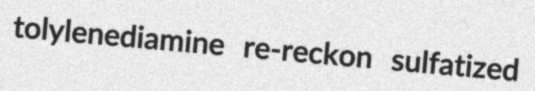
tolylenediamine re-reckon sulfatized